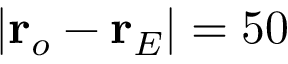
\vert \mathbf { r } _ { o } - \mathbf { r } _ { E } \vert = 5 0